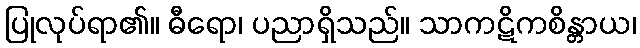
ပြုလုပ်ရာ၏။ ဓီရော၊ ပညာရှိသည်။ သာကဋိကစိန္တာယ၊